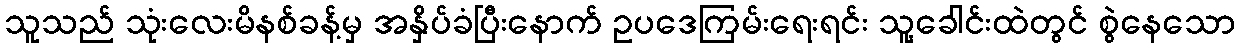
သူသည် သုံးလေးမိနစ်ခန့်မှ အနှိပ်ခံပြီးနောက် ဥပဒေကြမ်းရေးရင်း သူ့ခေါင်းထဲတွင် စွဲနေသော